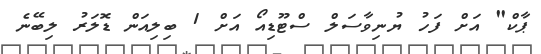
ޕާކް" އަށް ފަހު ޔުނިވާސަލް ސްޓޫޑިއޯ އަށް 1 ބިލިއަން ޑޮލަރު ލިބޭނެ